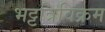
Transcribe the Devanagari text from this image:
भट्टत्रिविक्रम